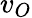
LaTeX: v_{O}